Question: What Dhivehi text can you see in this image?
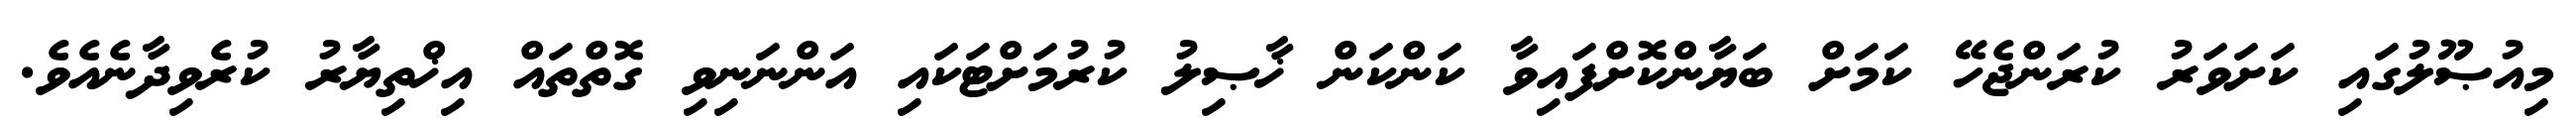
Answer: މިއުޞޫލުގައި ކަށަވަރު ކުރަންޖެހޭ ކަމަށް ބަޔާންކޮށްފައިވާ ކަންކަން ޚާޞިލު ކުރުމަށްޓަކައި އަންނަނިވި ގޮތްތައް އިޚްތިޔާރު ކުރެވިދާނެއެވެ.